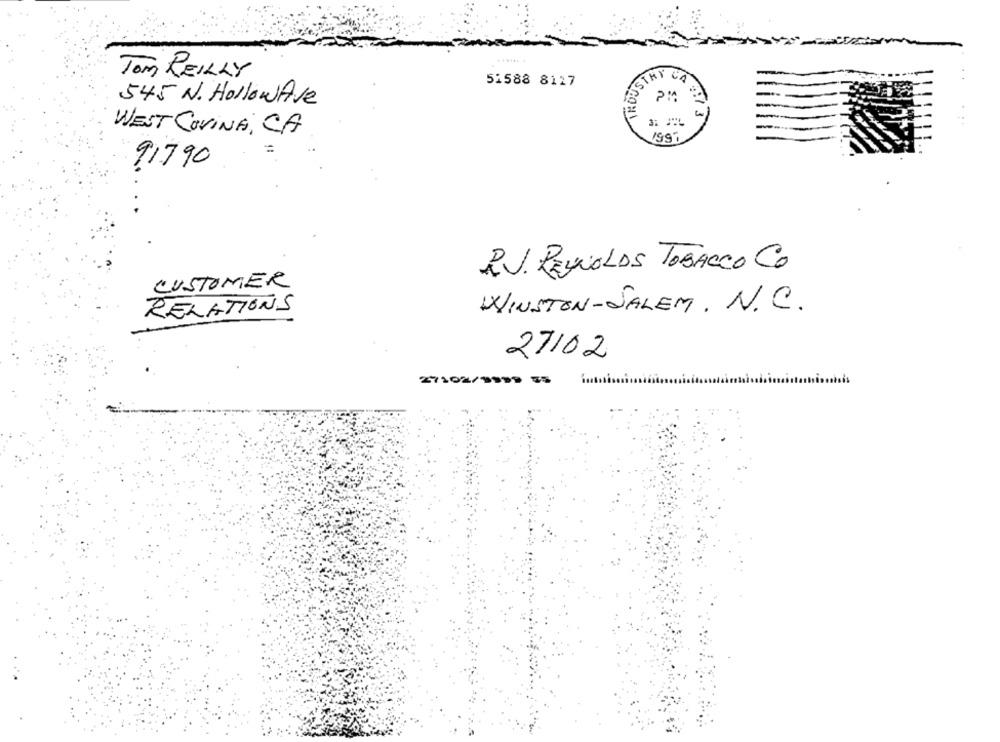
Tom REILLY
OSTRY CA
51588 8127
545 N. HollowAve
13
WEST COVINA, CA
1997
91790
2.J. REYNOLDS TOBACCO CO
CUSTOMER
RELATIONS
WINSTON-SALEM. N.C.
27/02
27102/1999 5